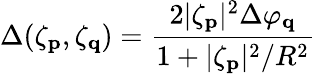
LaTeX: \Delta(\zeta_{\mathbf p},\zeta_{\mathbf q})=\frac{2|\zeta_{\mathbf p}|^{2}\Delta\varphi_{\mathbf q}}{1+|\zeta_{\mathbf p}|^{2}/R^{2}}